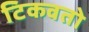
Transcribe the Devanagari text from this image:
टिकवतो